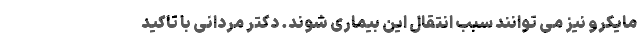
مایکرو نیز می توانند سبب انتقال این بیماری شوند. دکتر مردانی با تاکید